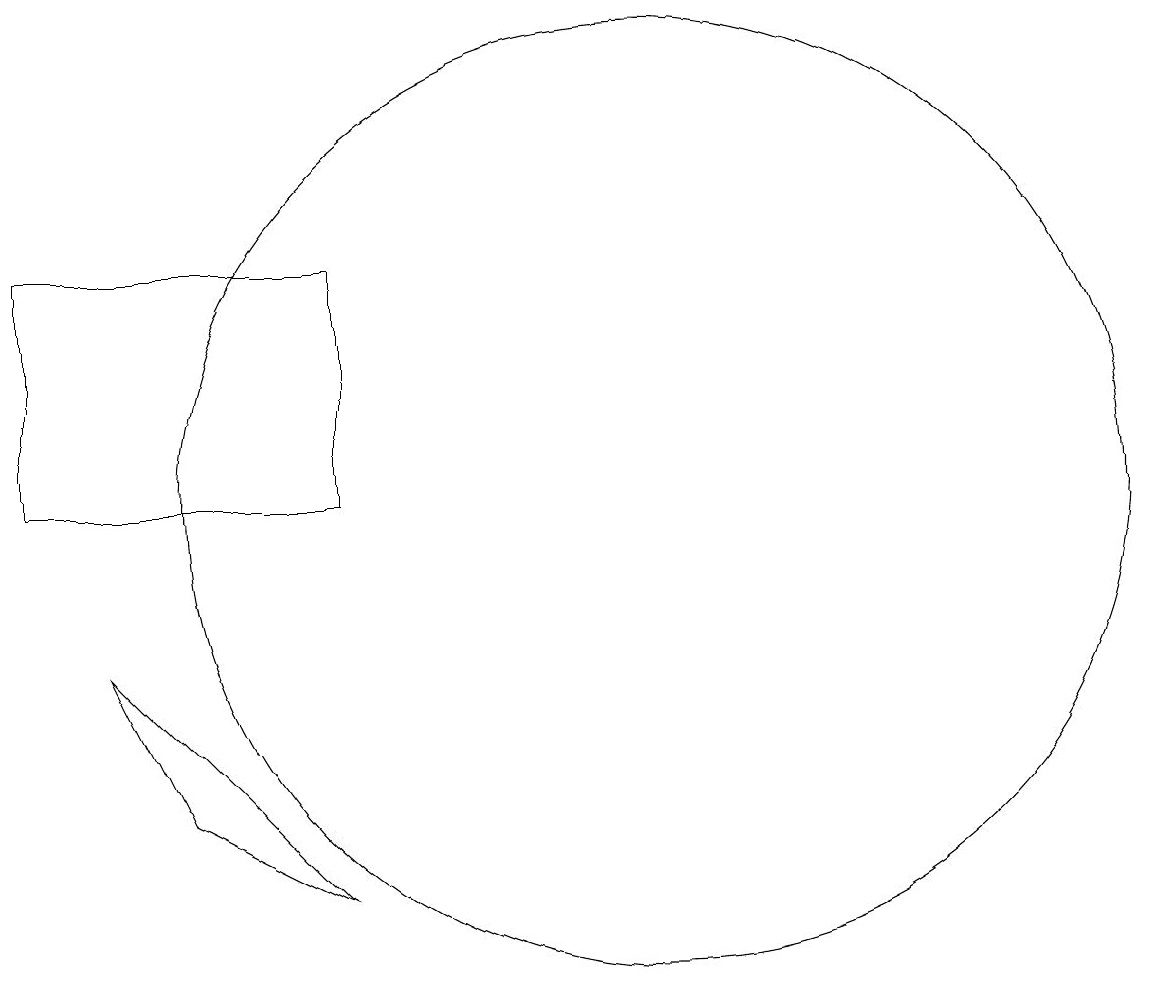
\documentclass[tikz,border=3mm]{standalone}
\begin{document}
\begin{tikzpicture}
\draw (6,10) rectangle (2,13);
\draw (10,10) circle (6);
\draw (3,8) -- (6,5) -- (4,6) -- cycle;
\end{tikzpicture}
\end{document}